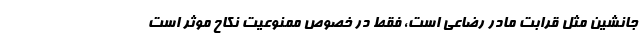
جانشین مثل قرابت مادر رضاعی است، فقط در خصوص ممنوعیت نکاح موثر است